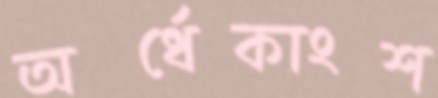
অর্ধেকাংশ